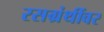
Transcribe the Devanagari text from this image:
रसग्रंथींवर